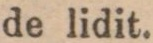
de lidit.